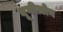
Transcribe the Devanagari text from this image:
बूगीज़ोन